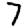
Digit: 7